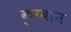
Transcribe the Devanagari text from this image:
कुरबान